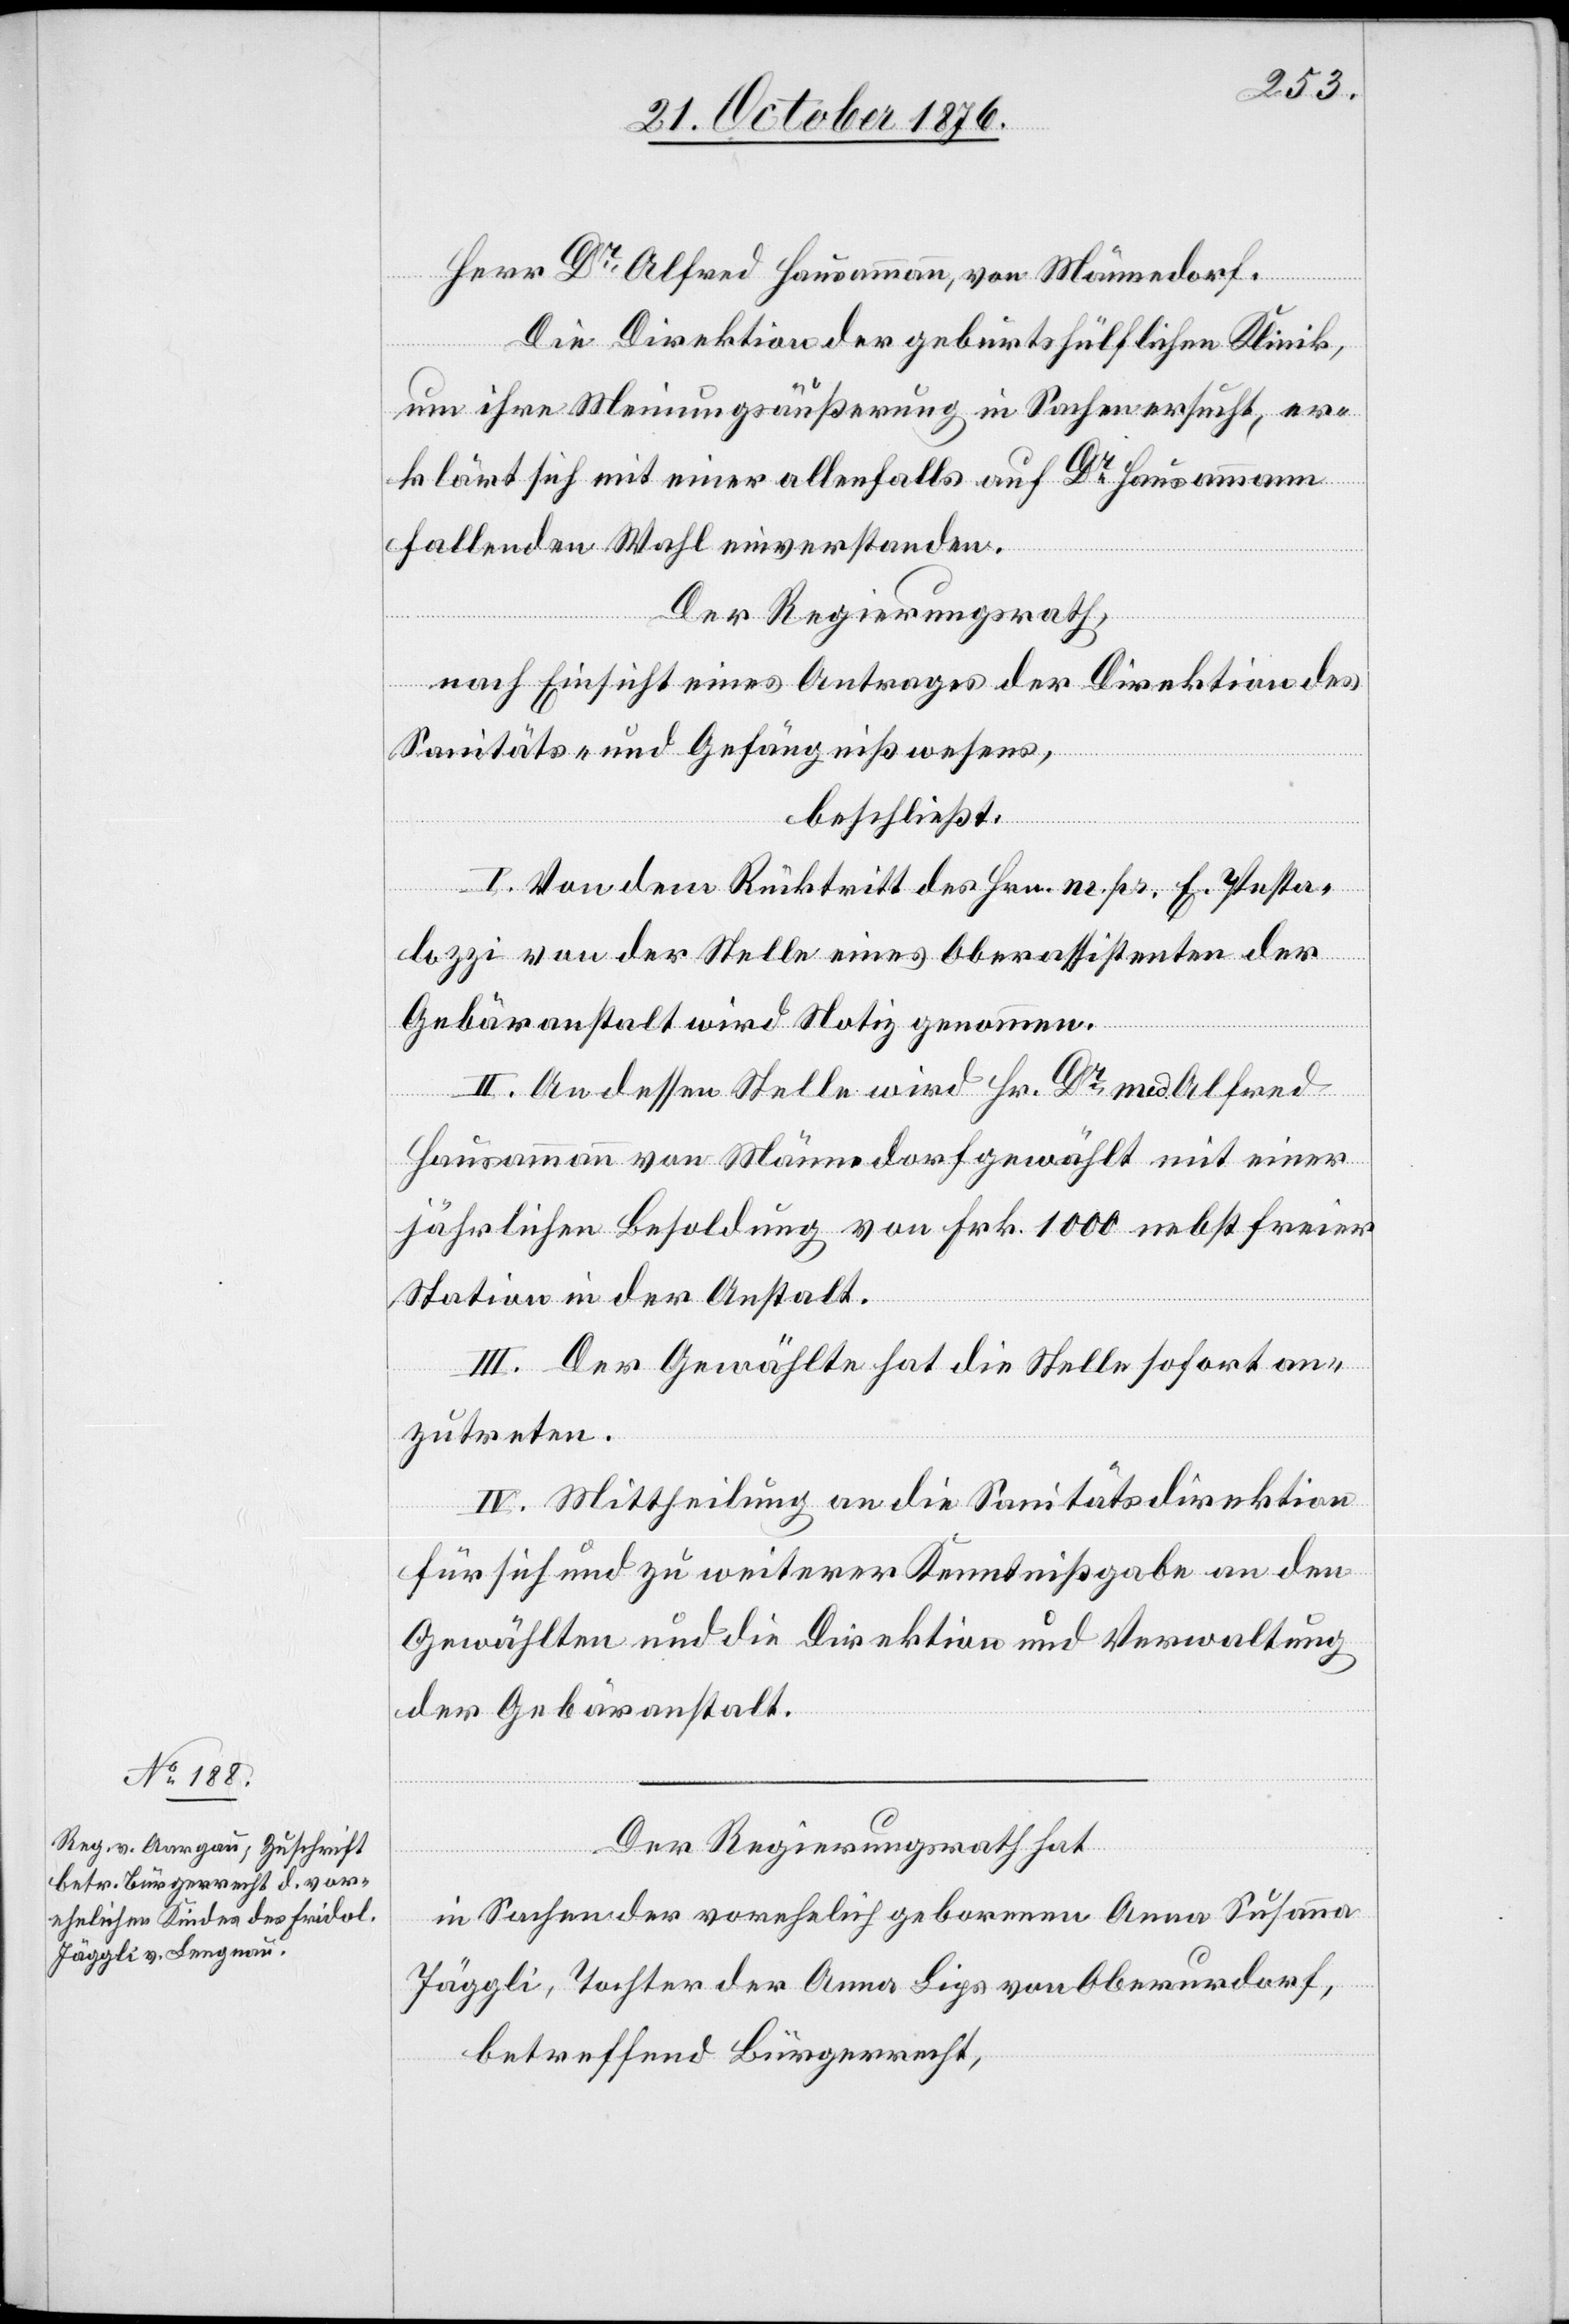
Herr Dr Alfred Hausammann, von Männedorf.
Die Direktion der geburtshülflichen Klinik,
um ihre Meinungsäußerung in Sachen ersucht, er¬
klärt sich mit einer allenfalls auf Dr Hausammann
fallenden Wahl einverstanden.
Der Regierungsrath,
nach Einsicht eines Antrages der Direktion des
Sanitäts- und Gefängnißwesens,
beschließt:
I. Von dem Rücktritt des Hrn. m. pr. E. Pesta¬
lozzi von der Stelle eines Oberassistenten der
Gebäranstalt wird Notiz genommen.
II. An dessen Stelle wird Hr. Dr med. Alfred
Hausammann von Männedorf gewählt mit einer
jährlichen Besoldung von Frk. 1000 nebst freier
Station in der Anstalt.
III. Der Gewählte hat die Stelle sofort an¬
zutreten.
IV. Mittheilung an die Sanitätsdirektion
für sich und zu weiterer Kenntnißgabe an den
Gewählten und die Direktion und Verwaltung
der Gebäranstalt.
Der Regierungsrath hat
in Sachen der vorehelich geborenen Anna Susanna
Jäggli, Tochter der Anna Lips von Oberurdorf,
betreffend Bürgerrecht,